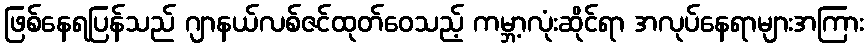
ဖြစ်နေရပြန်သည် ဂျာနယ်လစ်ဇင်ထုတ်ဝေသည့် ကမ္ဘာ့လုံးဆိုင်ရာ အလုပ်နေရာများအကြား